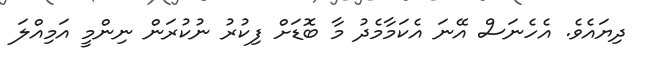
ދިޔައެވެ. އެހެނަސް އޭނަ އެކަމާމެދު މާ ބޮޑަށް ފިކުރު ނުކުރަން ނިންމީ އަމިއްލަ